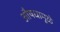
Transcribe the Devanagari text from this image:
औषधामूळे